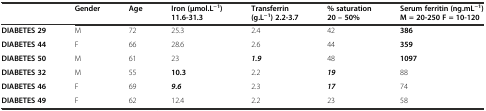
|  | Gender | Age | Iron (μmol.L−1) 11.6-31.3 | Transferrin (g.L−1) 2.2-3.7 | % saturation 20 – 50% | Serum ferritin (ng.mL−1) M = 20-250 F = 10-120 |
 | --- | --- | --- | --- | --- | --- | --- |
 | DIABETES 29 | M | 72 | 25.3 | 2.4 | 42 | 386 |
 | DIABETES 44 | F | 66 | 28.6 | 2.6 | 44 | 359 |
 | DIABETES 50 | M | 61 | 23 | 1.9 | 48 | 1097 |
 | DIABETES 32 | M | 55 | 10.3 | 2.2 | 19 | 88 |
 | DIABETES 46 | F | 69 | 9.6 | 2.3 | 17 | 74 |
 | DIABETES 49 | F | 62 | 12.4 | 2.2 | 23 | 58 |